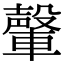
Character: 䡰